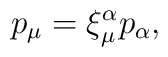
p_\mu=\xi_\mu^\alpha p_\alpha,